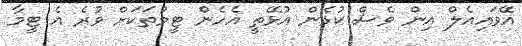
އޭވައިއެލް އިން ވެސް ކުޅެން އުޅޭތީ އެހެން ޓީމުތަކަށް ވުރެ އެ ޓީމާ